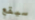
سيقع